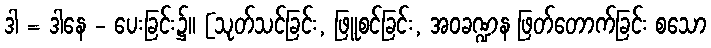
ဒါ = ဒါနေ - ပေးခြင်း၌။ [သုတ်သင်ခြင်း, ဖြူစင်ခြင်း, အဝခဏ္ဍန ဖြတ်တောက်ခြင်း စသော